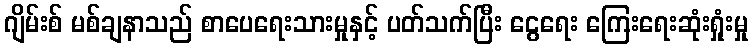
ဂျိမ်းစ် မစ်ချနာသည် စာပေရေးသားမှုနှင့် ပတ်သက်ပြီး ငွေရေး ကြေးရေးဆုံးရှုံးမှု